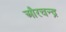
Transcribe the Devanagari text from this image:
औरचन्द्र